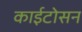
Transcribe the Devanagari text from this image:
काईटोसन